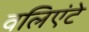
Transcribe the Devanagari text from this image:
वलिएंटे